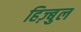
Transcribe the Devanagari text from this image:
हिज़्बुल